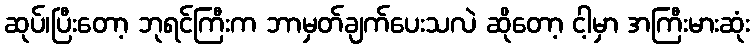
ဆုပ်၊ပြီးတော့ ဘုရင်ကြီးက ဘာမှတ်ချက်ပေးသလဲ ဆိုတော့ ငါ့မှာ အကြီးမားဆုံး